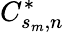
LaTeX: C_{s_{m},n}^{*}